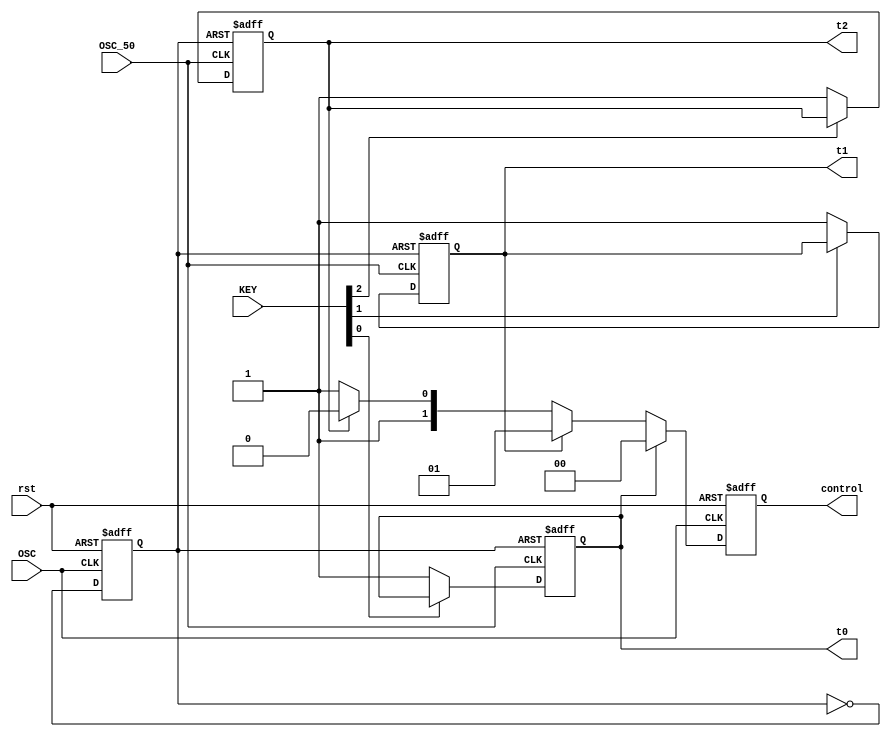
module key_reader(
						OSC_50,
						OSC,
						rst,
						KEY,
						control,
						t0,
						t1,
						t2
						);
	input OSC_50;
	input OSC;
	input rst;
	input [3:0] KEY;
	output [1:0] control;
	
	/////////TEST
	output  t0, t1, t2;
	reg t0, t1, t2;
	always @(flag0 or flag1 or flag2)
		begin
			t0 = flag0;
			t1 = flag1;
			t2 = flag2;
		end
	///////TEST
	
	reg [1:0] control;
	reg  flag2, flag1, flag0;
	
	reg OSC_double;
	always @(posedge OSC or negedge rst)
		begin	
			if (!rst)
				begin
					OSC_double <= 0;
				end
			else
					OSC_double <= ~ OSC_double;
		end
		
  	always @(posedge OSC or negedge rst)
  		begin
			if (!rst)
				begin
					control <= 3;
				end
			else
  			  	begin
					
					if (flag0) control <= 2'b00;
					else if (flag1) control <= 2'b01;
					else if (flag2) control <= 2'b10;
					else control <= 2'b11;
					
				end
		end
		
  	always @(posedge OSC_50 or posedge OSC_double)
  		begin
		
			if (OSC_double) flag0 <= 0;
			else
  			  	begin
					if (!KEY[0]) flag0 <= 1;
					else flag0 <= flag0;
				end
				
  		end

	always @(posedge OSC_50 or posedge OSC_double)
  		begin
		
			if (OSC_double) flag1 <= 0;
			else
  			  	begin
					if (!KEY[1]) flag1 <= 1;
					else flag1 <= flag1;
				end
				
  		end
  	always @(posedge OSC_50 or posedge OSC_double)
  		begin
		
			if (OSC_double) flag2 <= 0;
			else
  			  	begin
					if (!KEY[2]) flag2 <= 1;
					else flag2 <= flag2;
				end
				
  		end
		
endmodule